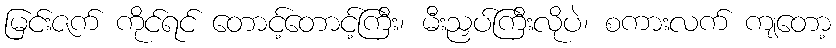
မြင်းဇက် ကိုင်ရင် တောင့်တောင့်ကြီး၊ မီးညှပ်ကြီးလိုပဲ၊ စကားလက် ကျတော့